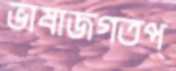
ভাষাজগতপ্